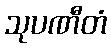
သုပဏီတံ